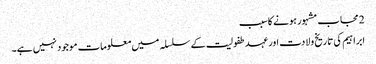
2 مجاب مشہور ہونے کا سبب
ابراہیم کی تاریخ ولادت اور عہد طفولیت کے سلسلہ میں معلومات موجود نہیں ہے۔